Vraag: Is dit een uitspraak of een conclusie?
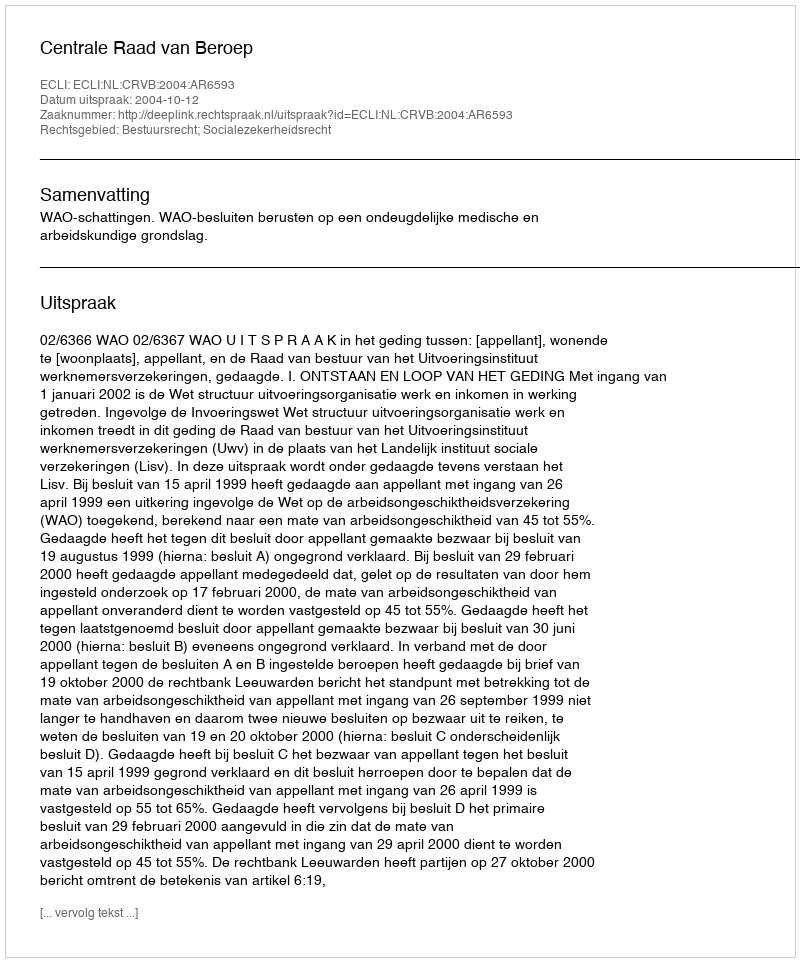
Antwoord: Uitspraak